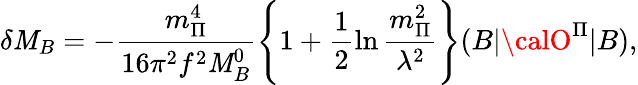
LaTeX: \delta\mathit{M}_{B}=-\frac{{m_{\Pi}^{4}}}{{16\pi^{2}f^{2}\mathit{M}_{B}^{0}}}\left\{ 1+\frac{1}{2}\ln\frac{{m_{\Pi}^{2}}}{{\lambda^{2}}}\right\} (B|{\calO}^{\Pi}|B),